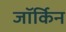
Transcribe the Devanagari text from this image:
जॉर्किन